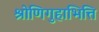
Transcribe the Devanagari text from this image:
श्रोणिगुहाभित्ति